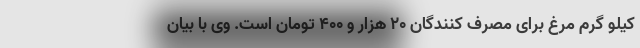
کیلو گرم مرغ برای مصرف کنندگان ۲۰ هزار و ۴۰۰ تومان است. وی با بیان